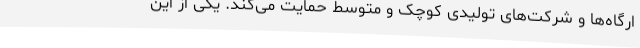
ارگاه‌ها و شرکت‌های تولیدی کوچک و متوسط حمایت می‌کند. یکی از این